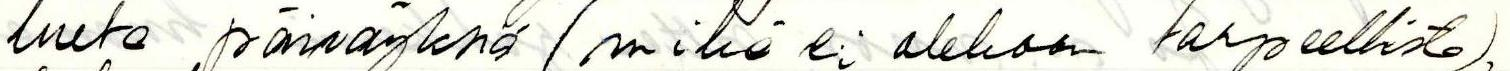
lueta päiväyksiä (mikä ei olekaan tarpeellista),